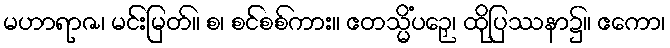
မဟာရာဇ၊ မင်းမြတ်။ စ၊ စင်စစ်ကား။ ဧတသ္မိံပဉှေ၊ ထိုပြဿနာ၌။ ဧကော၊